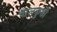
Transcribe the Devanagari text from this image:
चालकुडी